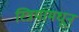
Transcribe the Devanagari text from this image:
स्त्रियामधून